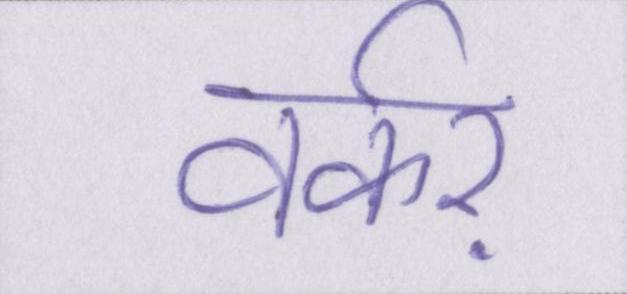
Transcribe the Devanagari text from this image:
वर्कर